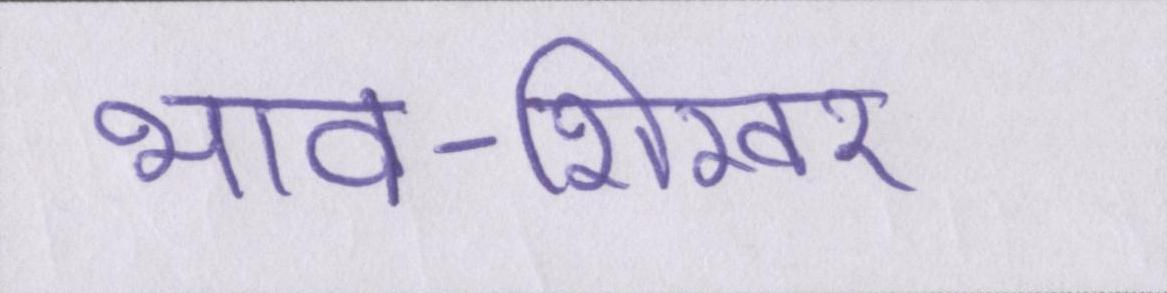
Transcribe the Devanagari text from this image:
भाव-शिखर